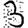
Digit: 3